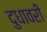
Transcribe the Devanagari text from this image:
दुधावरी